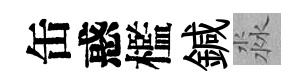
缶惑檻鍼淼